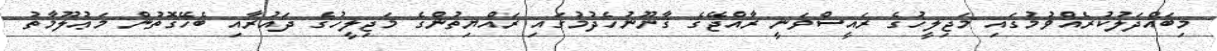
މިބައްދަލުކުރެއްވުމުގައި މަޖިލީހުގެ ރައީސްވަނީ ރާއްޖޭގެ ޤާނޫނުހެދުމުގައި ރައްޔިތުންގެ މަޖިލީހުގެ ދައުރާއި ބެހޭގޮތުން މަޢުލޫމާތު